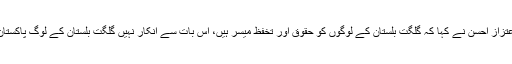
عدالتی معاون اعتزاز احسن نے کہا کہ گلگت بلستان کے لوگوں کو حقوق اور تخفظ میسر ہیں، اس بات سے انکار نہیں گلگت بلستان کے لوگ پاکستان کے لوگ ہیں۔